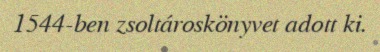
1544-ben zsoltároskönyvet adott ki.